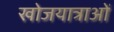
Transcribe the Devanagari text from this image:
खोजयात्राओं